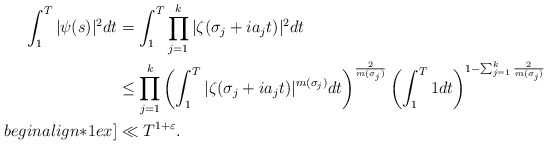
\begin{align*}\int_1^T|\psi(s)|^2dt &=\int_1^T\prod_{j=1}^k |\zeta(\sigma_j+ia_jt)|^2dt \\& \leq \prod_{j=1}^k \left(\int_1^T |\zeta(\sigma_j+ia_jt)|^{m(\sigma_j)}dt\right)^{\frac{2}{m(\sigma_j)}}\left(\int_1^T 1 dt\right)^{1-\sum_{j=1}^k \frac{2}{m(\sigma_j)}}\\begin{align*}1ex]& \ll T^{1+\varepsilon}.\end{align*}